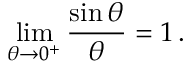
\operatorname* { l i m } _ { \theta \to 0 ^ { + } } { \frac { \sin \theta } { \theta } } = 1 \, .